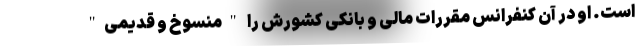
است. او در آن کنفرانس مقررات مالی و بانکی کشورش را "منسوخ و قدیمی"